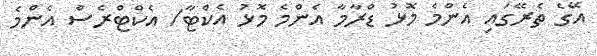
އޭގެ ތެރޭގައި އެންމެ މޮޅު ޑްރާމާ އެންމެ މޮޅު އެކްޓާ/ އެކްޓްރެސް އެންމެ